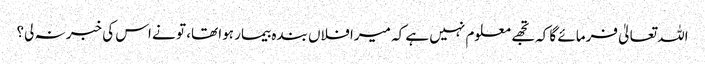
اللہ تعالیٰ فرمائے گا کہ تجھے معلوم نہیں ہے کہ میرا فلاں بندہ بیمار ہوا تھا، تو نے اس کی خبر نہ لی؟